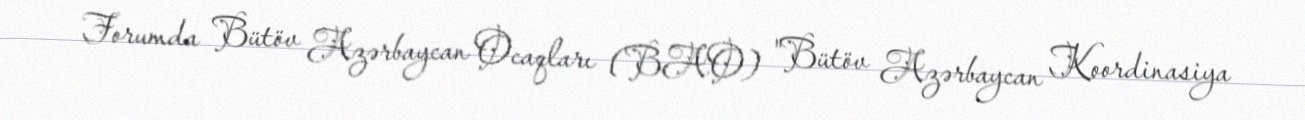
Forumda Bütöv Azərbaycan Ocaqları (BAO) "Bütöv Azərbaycan Koordinasiya